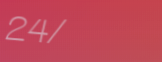
24/7